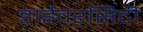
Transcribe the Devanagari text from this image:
डाईवरसिटी